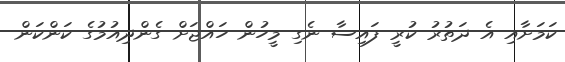
ކަމަށާއި އެ ދަތުރު ކުރީ ފައިސާ ނެގި މީހުން ހައްޖަށް ގެންދިއުމުގެ ކަންކަން